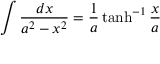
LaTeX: \int { \frac { d x } { a ^ { 2 } - x ^ { 2 } } } = { \frac { 1 } { a } } \operatorname { t a n h } ^ { - 1 } { \frac { x } { a } }